Emmaste_vallavalitsus, lk 15
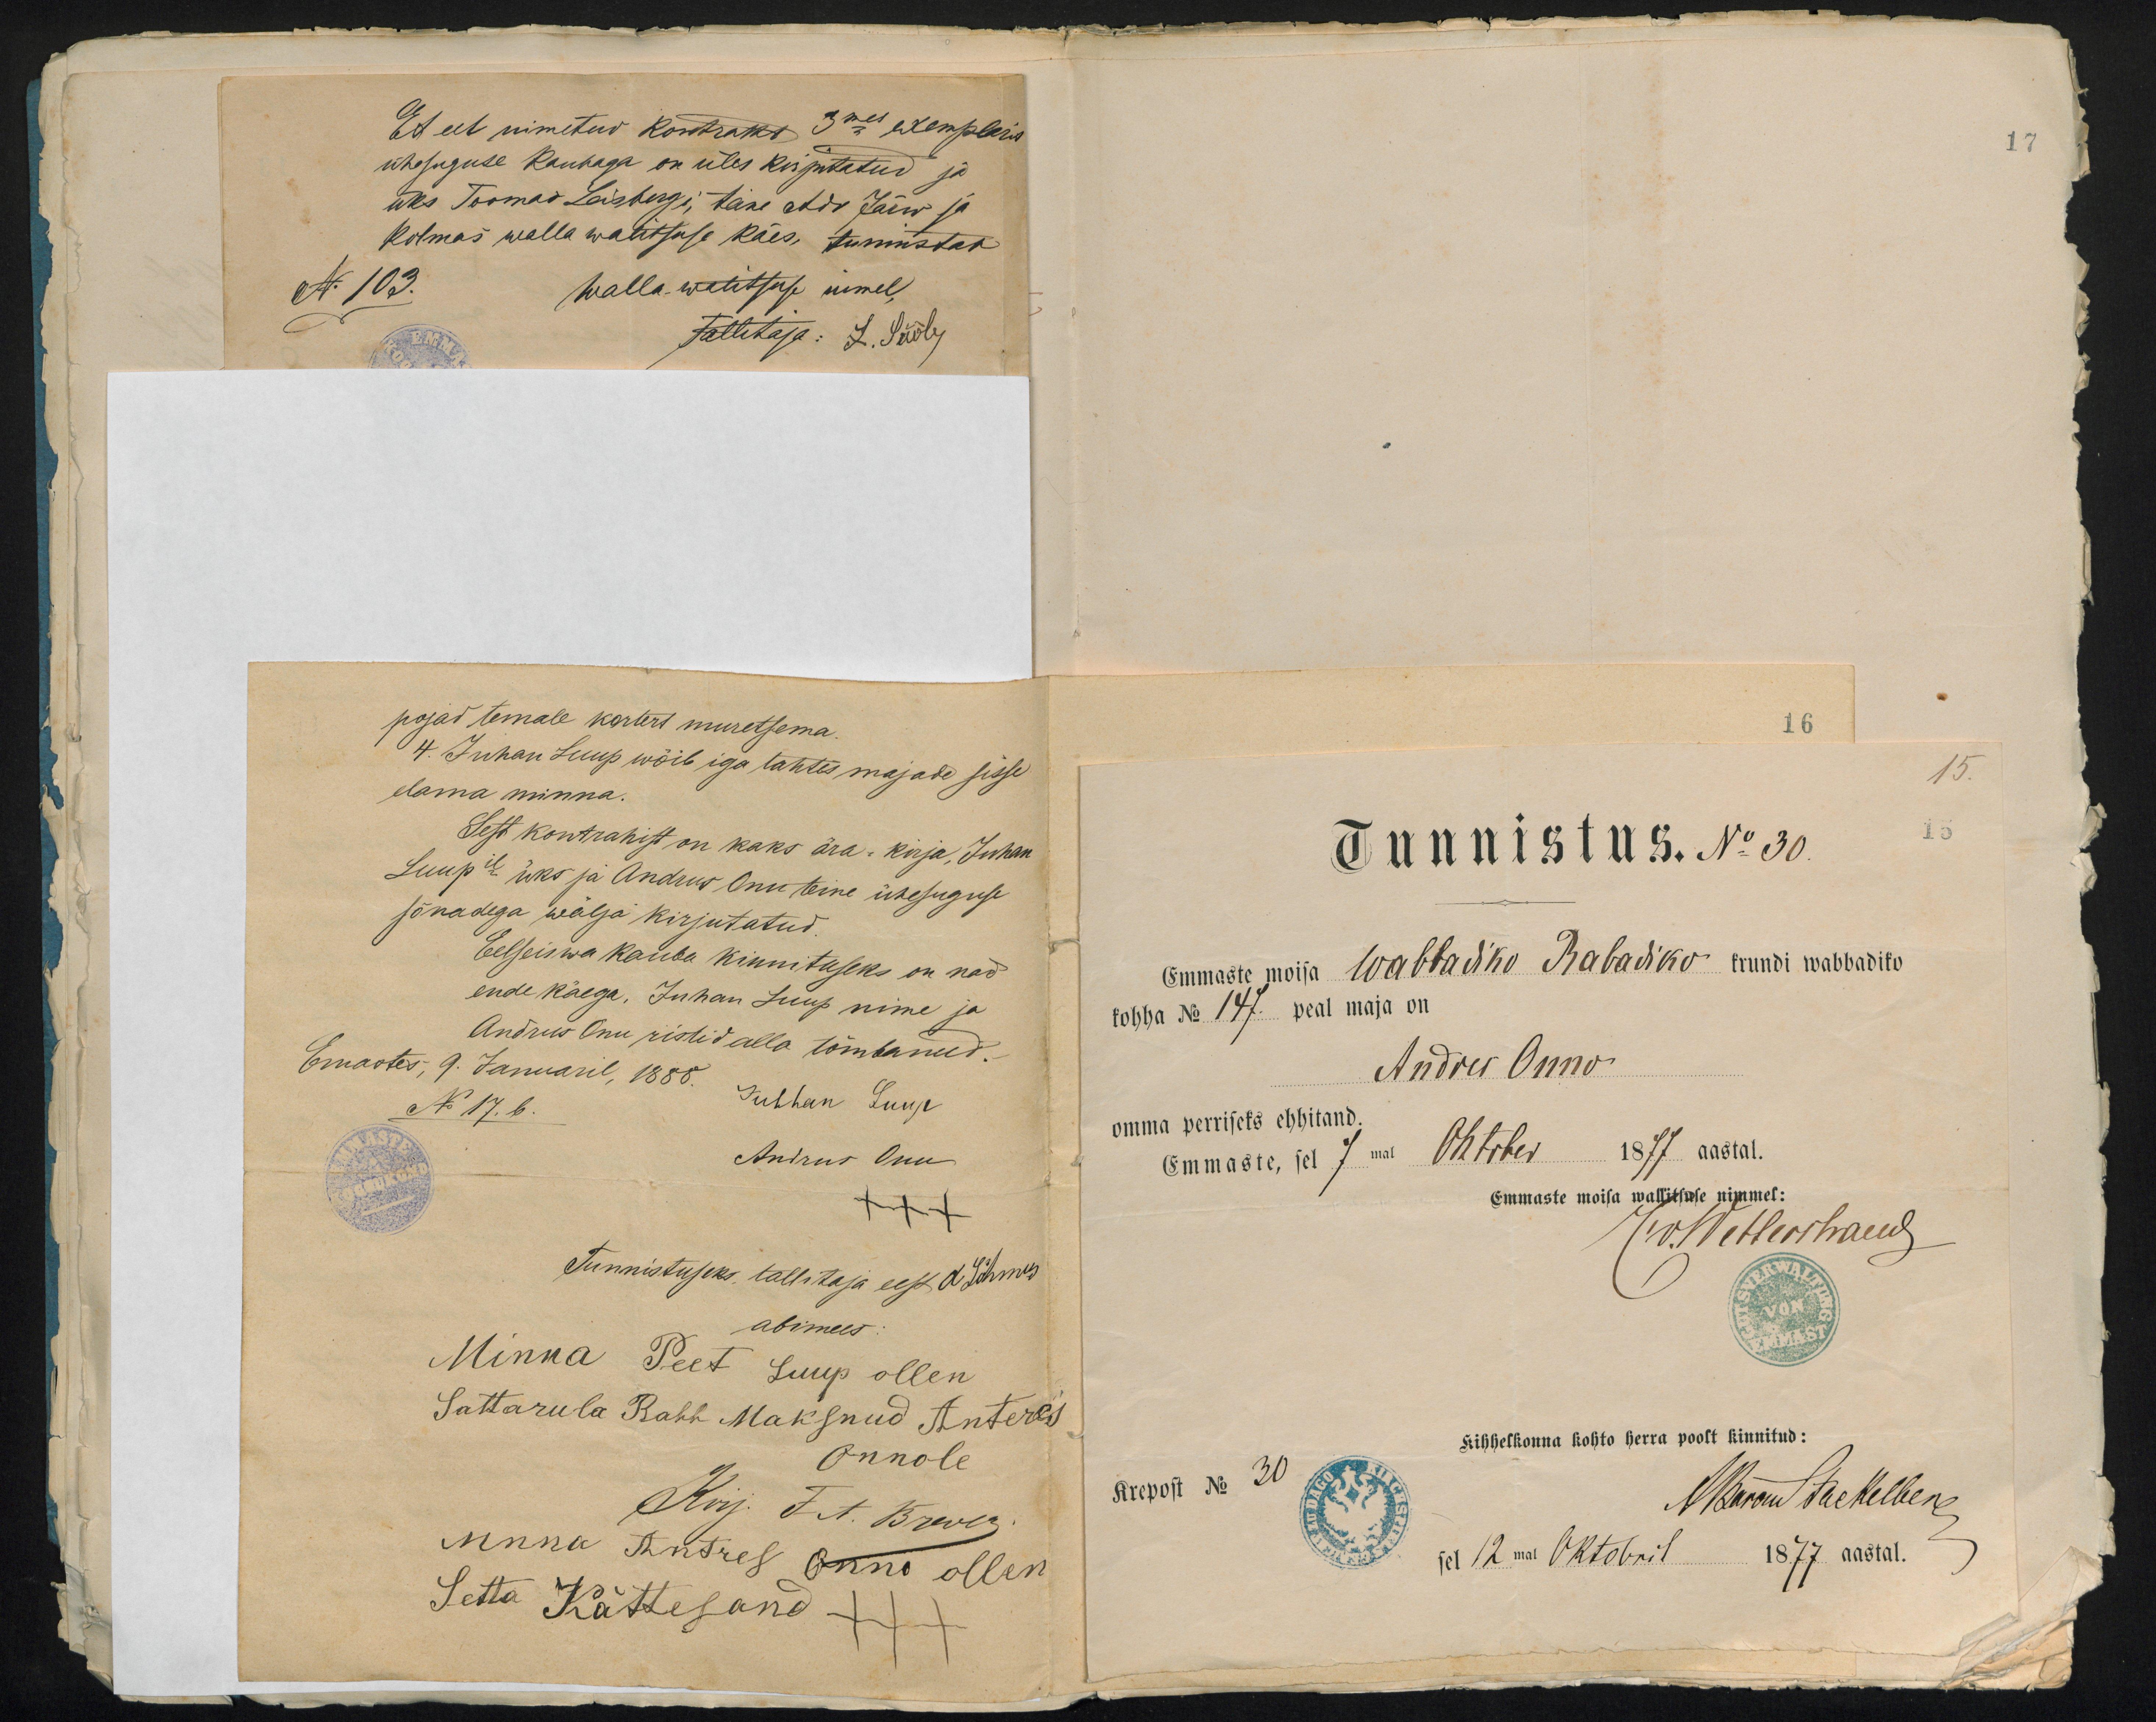
17

pojad temale kortert muretsema.
4. Juhan Luup wõib iga tahtes majade sisse
elama minna.
Sest kontrakist on kaks ära-kirja, Juhan
Luup'il üks ja Andrus Onu teine ühesuguse
sõnadega wälja kirjutatud.
Eelseiswa kauba kinnituseks on nad
ende käega, Juhan Luup nime ja
Andrus Onu ristid alla tõmbanud.
Emastes, 9. Januaril, 1888.
N 17.b.
Juhhan Luup
Andrus Onu
+++
Tunnistuseks tallitaja eest A. Lõhmus
abimees:
Minna Peet Luup ollen
Sattarula Rahh Maksnud Anteres
Onnole
Kirj. F. A. Brewer.
Mnna Antres Onno ollen
Setta Kättesand

16
15.
Tunnistus. No 30
15
Emmaste mõisa Wabbadiko Rabadiko krundi wabbadiko
kohha No 147. peal maja on
Andres Onno
omma perriseks ehhitand.
Emmaste, sel 7 mal
Oktrber 1877 aastal.
Emmaste moisa wallitsuse nimmel:
(w. Mettershaew
Kihhelkonna kohto herra poolt kinnitud:
Krepost No 30
A. Baron Stackelberg
sel 12mal Oktobril
1877 aastal.